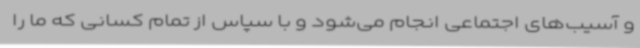
و آسیب‌های اجتماعی انجام می‌شود و با سپاس از تمام کسانی که ما را